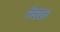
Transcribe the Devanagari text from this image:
नेचक